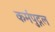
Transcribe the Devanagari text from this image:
कर्मपुद्गल